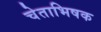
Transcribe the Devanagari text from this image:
चेताभिषक